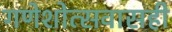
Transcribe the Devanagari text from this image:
गणेशोत्सवासही